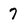
Character: 7